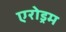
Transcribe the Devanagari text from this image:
एरोड्रम